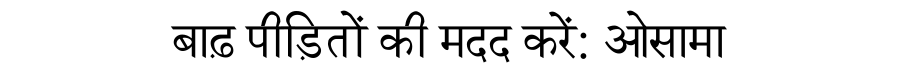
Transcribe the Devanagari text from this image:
बाढ़ पीड़ितों की मदद करें: ओसामा